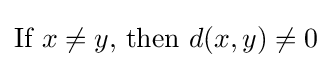
{\textstyle {\text{If }}x\neq y{\text{, then }}d(x,y)\neq 0}